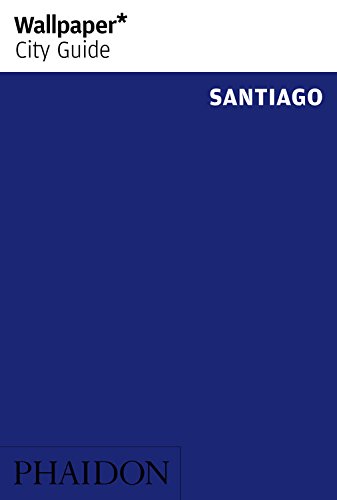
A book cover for Wallpaper* City Guide Santiago 2014; Wallpaper*; Travel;